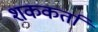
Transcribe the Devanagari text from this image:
शककर्ता